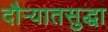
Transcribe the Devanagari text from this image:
दौर्‍यातसुद्धा